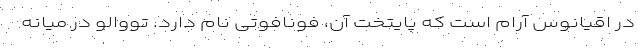
در اقیانوس آرام است که پایتخت آن، فونافوتی نام دارد. تووالو در میانه